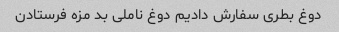
دوغ بطری سفارش دادیم دوغ ناملی بد مزه فرستادن